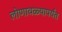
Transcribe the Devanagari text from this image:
लोणावळ्यापर्यंत